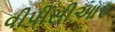
વીપીસીઆર